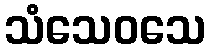
သံသေဝသေ